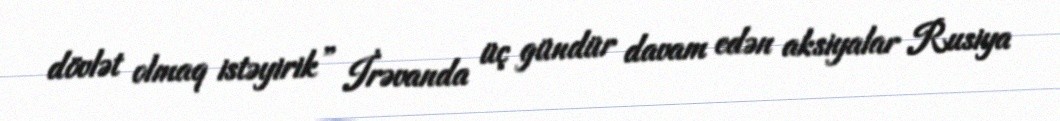
dövlət olmaq istəyirik” İrəvanda üç gündür davam edən aksiyalar Rusiya